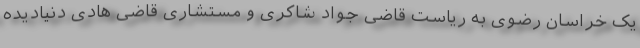
یک خراسان رضوی به ریاست قاضی جواد شاکری و مستشاری قاضی هادی دنیادیده